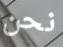
نحن